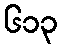
၆၁၃